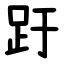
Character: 趶